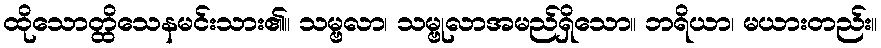
ထိုသောတ္ထိသေနမင်းသား၏။ သမ္ဗလာ၊ သမ္ဗုလာအမည်ရှိသော။ ဘရိယာ၊ မယားတည်း။